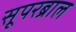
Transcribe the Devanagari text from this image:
सूपरब्राल